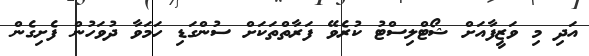
އަދި މި ވަޒީފާއަށް ޝޯޓްލިސްޓު ކުރެވޭ ފަރާތްތަކަށް ސުންގަޑި ހަމަވާ ދުވަހުން ފެށިގެން